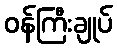
ဝန်ကြီးချုပ်